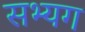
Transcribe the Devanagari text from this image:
सभ्यग